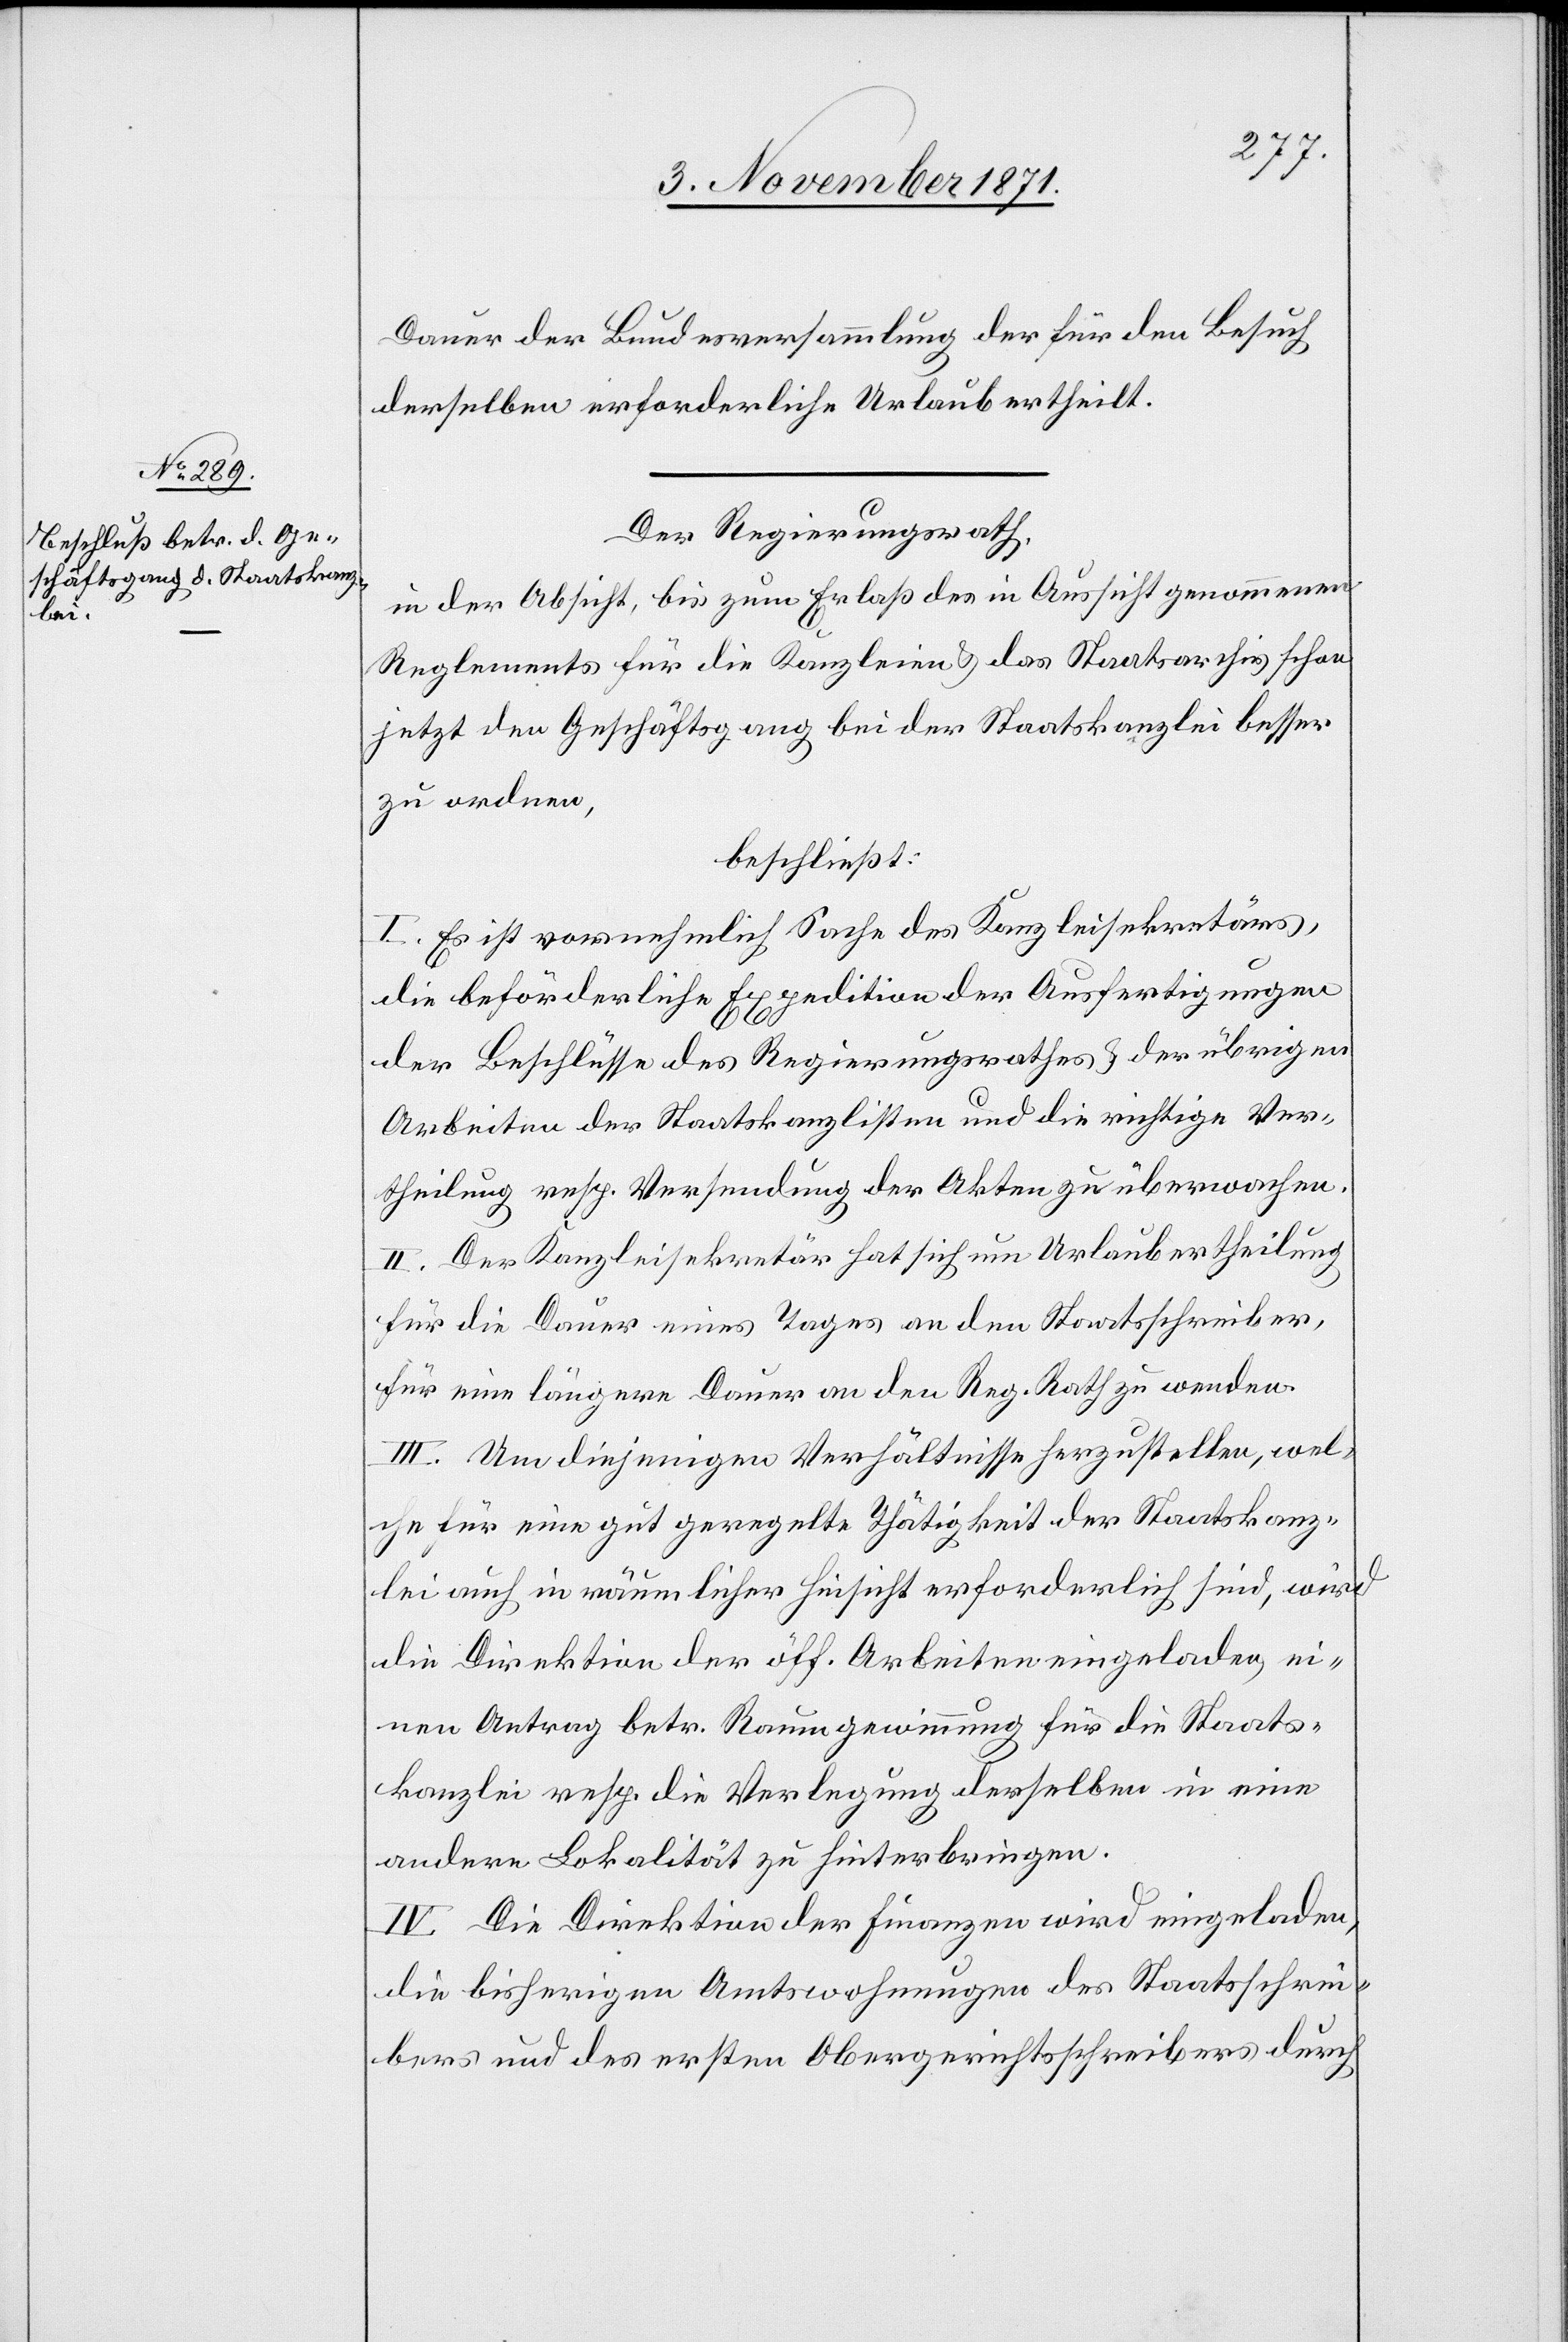
Dauer der Bundesversammlung der für den Besuch
derselben erforderliche Urlaub ertheilt.
Der Regierungsrath,
in der Absicht, bis zum Erlaß des in Aussicht genommenen
Reglements für die Kanzleien & das Staatsarchiv schon
jetzt den Geschäftsgang bei der Staatskanzlei besser
zu ordnen,
beschließt:
I. Es ist vornehmlich Sache des Kanzleisekretärs,
die beförderliche Expedition der Ausfertigungen
der Beschlüsse des Regierungsrathes & der übrigen
Arbeiten der Staatskanzlisten und die richtige Ver¬
theilung resp. Versendung der Akten zu überwachen.
II. Der Kanzleisekretär hat sich um Urlaubertheilung
für die Dauer eines Tages an den Staatsschreiber
für eine längere Dauer an den Reg. Rath zu wenden.
III. Um diejenigen Verhältnisse herzustellen, wel¬
che für eine gut geregelte Thätigkeit der Staatskanz¬
lei auch in räumlicher Hinsicht erforderlich sind, wird
die Direktion der öff. Arbeiten eingeladen, ei¬
nen Antrag betr. Raumgewinnung für die Staats¬
kanzlei resp. die Verlegung derselben in eine
andere Lokalität zu hinterbringen.
IV. Die Direktion der Finanzen wird eingeladen
die bisherigen Amtswohnungen des Staatsschrei¬
bers und des ersten Obergerichtsschreibers durch